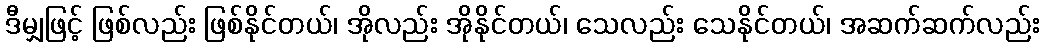
ဒီမျှဖြင့် ဖြစ်လည်း ဖြစ်နိုင်တယ်၊ အိုလည်း အိုနိုင်တယ်၊ သေလည်း သေနိုင်တယ်၊ အဆက်ဆက်လည်း